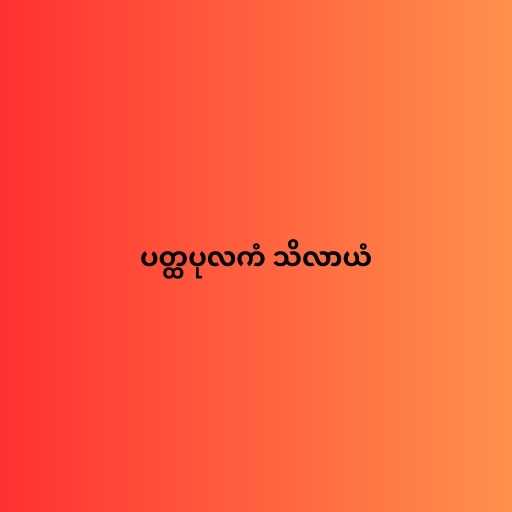
ပတ္ထပုလကံ သိလာယံ